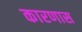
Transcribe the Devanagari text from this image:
कारणास